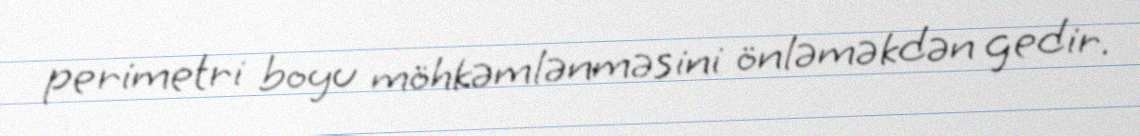
perimetri boyu möhkəmlənməsini önləməkdən gedir.